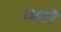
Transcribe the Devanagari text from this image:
भ्रष्टे